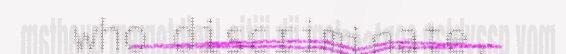
who discriminate,